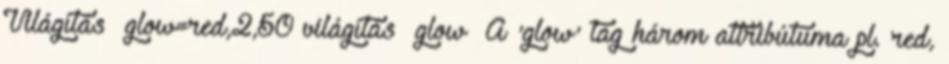
Világítás glow=red,2,50 világítás glow A 'glow' tag három attribútuma pl. red,